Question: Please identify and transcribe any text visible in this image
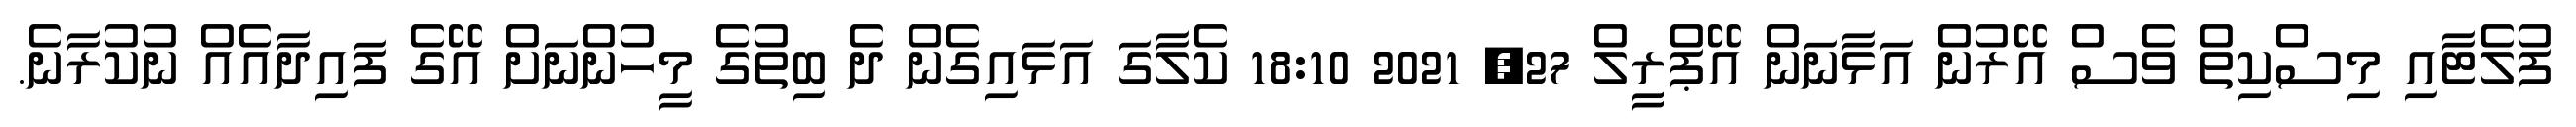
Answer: ފުލެޓާއި މިސްކިތް ވެސް އޭރުން އަޅާނަން އޭޕްރީލް 27, 2021 18:10 ކެލާގަ އަޅައިގެން ދެ ބިތުގެ މީހުންނަށް އޭގެ ފައިދާއެއް ނުކުރާނެ.